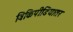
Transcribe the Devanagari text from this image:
विकिपीडियातर